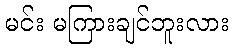
မင်း မကြားချင်ဘူးလား